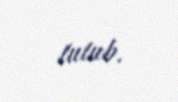
tutub.